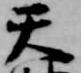
天